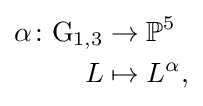
{\begin{aligned}\alpha \colon \mathrm {G} _{1,3}&\rightarrow \mathbb {P} ^{5}\\L&\mapsto L^{\alpha },\end{aligned}}